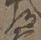
部